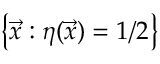
\big \{ \vec { x } : \eta ( \vec { x } ) = 1 / 2 \big \}